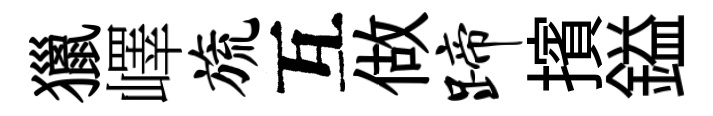
獵嶧旒互做蹄擯鎰